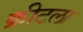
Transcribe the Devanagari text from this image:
क्रीटला